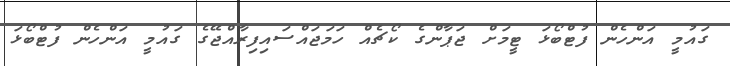
ގައުމީ އަންހެން ފުޓްބޯޅަ ޓީމަށް ޖަޕާންގެ ކޯޗެއް ހަމަޖައްސައިފިރާއްޖޭގެ ގައުމީ އަންހެން ފުޓްބޯޅަ